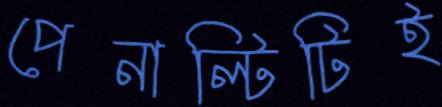
পেনাল্টিটিই